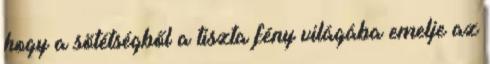
hogy a sötétségből a tiszta fény világába emelje az